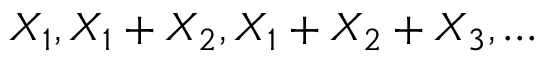
X _ { 1 } , X _ { 1 } + X _ { 2 } , X _ { 1 } + X _ { 2 } + X _ { 3 } , \dots